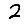
Digit: 2